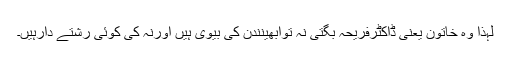
لہذا وہ خاتون یعنی ڈاکٹرفریحہ بگتی نہ توابھینندن کی بیوی ہیں اورنہ کی کوئی رشتے دارہیں۔